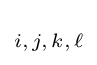
\scriptstyle i,\,j,\,k,\,\ell